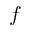
f